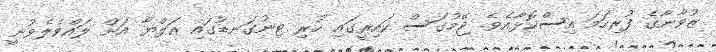
ޒުވާނާގެ ފުރިހަމަ އިސްކޮޅާއެވެ. ޖޭމުގަސް ކައިރީގައި ހުރި ޓިނުގަނޑުގައި އަލްޔާ އަށް ލައްވެލެވުނީ